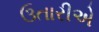
ઉતારીએ